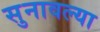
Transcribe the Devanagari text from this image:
सुनावल्या